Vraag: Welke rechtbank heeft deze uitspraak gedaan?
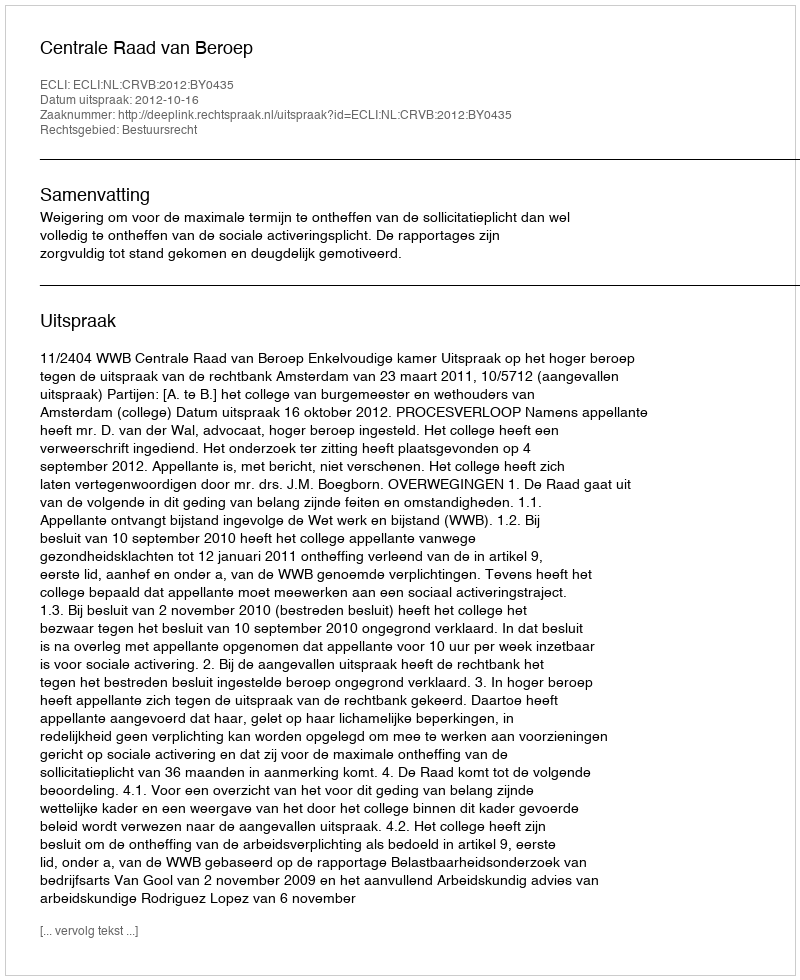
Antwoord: Centrale Raad van Beroep